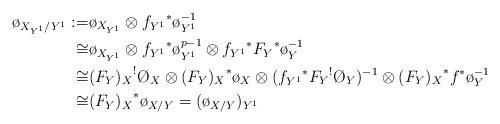
LaTeX: \begin{align*}\o_{X_{Y^1}/Y^1}:=&\o_{X_{Y^1}}\otimes {f_{Y^1}}^*\o_{Y^1}^{-1}\\\cong&\o_{X_{Y^1}}\otimes {f_{Y^1}}^*\o_{Y^1}^{p-1}\otimes {f_{Y^1}}^*{F_Y}^*\o_Y^{-1} \\\cong& {(F_Y)_X}^!\O_X\otimes{(F_Y)_X}^*\o_X\otimes ({f_{Y^1}}^*{F_Y}^!\O_Y)^{-1} \otimes {(F_Y)_X}^*f^*\o_Y^{-1} \\\cong& {(F_Y)_X}^*\o_{X/Y}=(\o_{X/Y})_{Y^1} \end{align*}